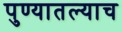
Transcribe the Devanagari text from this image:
पुण्यातल्याच